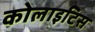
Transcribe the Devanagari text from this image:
कोलाइटिस